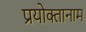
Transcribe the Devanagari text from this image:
प्रयोक्तानाम